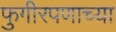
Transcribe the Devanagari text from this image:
फुगीरपणाच्या